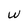
Character: W